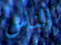
الناس